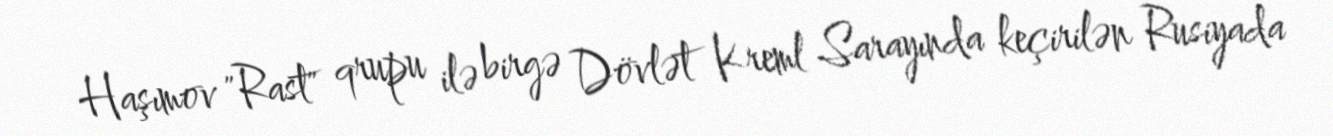
Haşımov "Rast" qrupu ilə birgə Dövlət Kreml Sarayında keçirilən Rusiyada